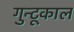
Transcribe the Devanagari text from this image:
गुन्टूकाल